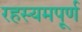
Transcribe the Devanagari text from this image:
रहस्यमपूर्ण